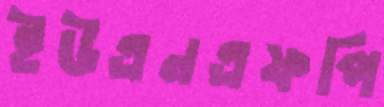
ইউএনএফপি